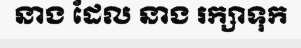
នាង ដែល នាង រក្សាទុក